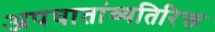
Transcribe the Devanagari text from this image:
अपघातांव्यतिरिक्त